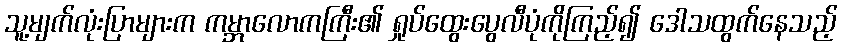
သူ့မျက်လုံးပြာများက ကမ္ဘာလောကကြီး၏ ရှုပ်ထွေးပွေလီပုံကိုကြည့်၍ ဒေါသထွက်နေသည့်